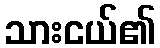
သားငယ်၏